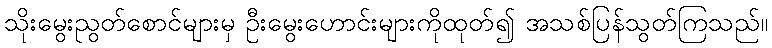
သိုးမွေးညွတ်စောင်များမှ ဦးမွေးဟောင်းများကိုထုတ်၍ အသစ်ပြန်သွတ်ကြသည်။